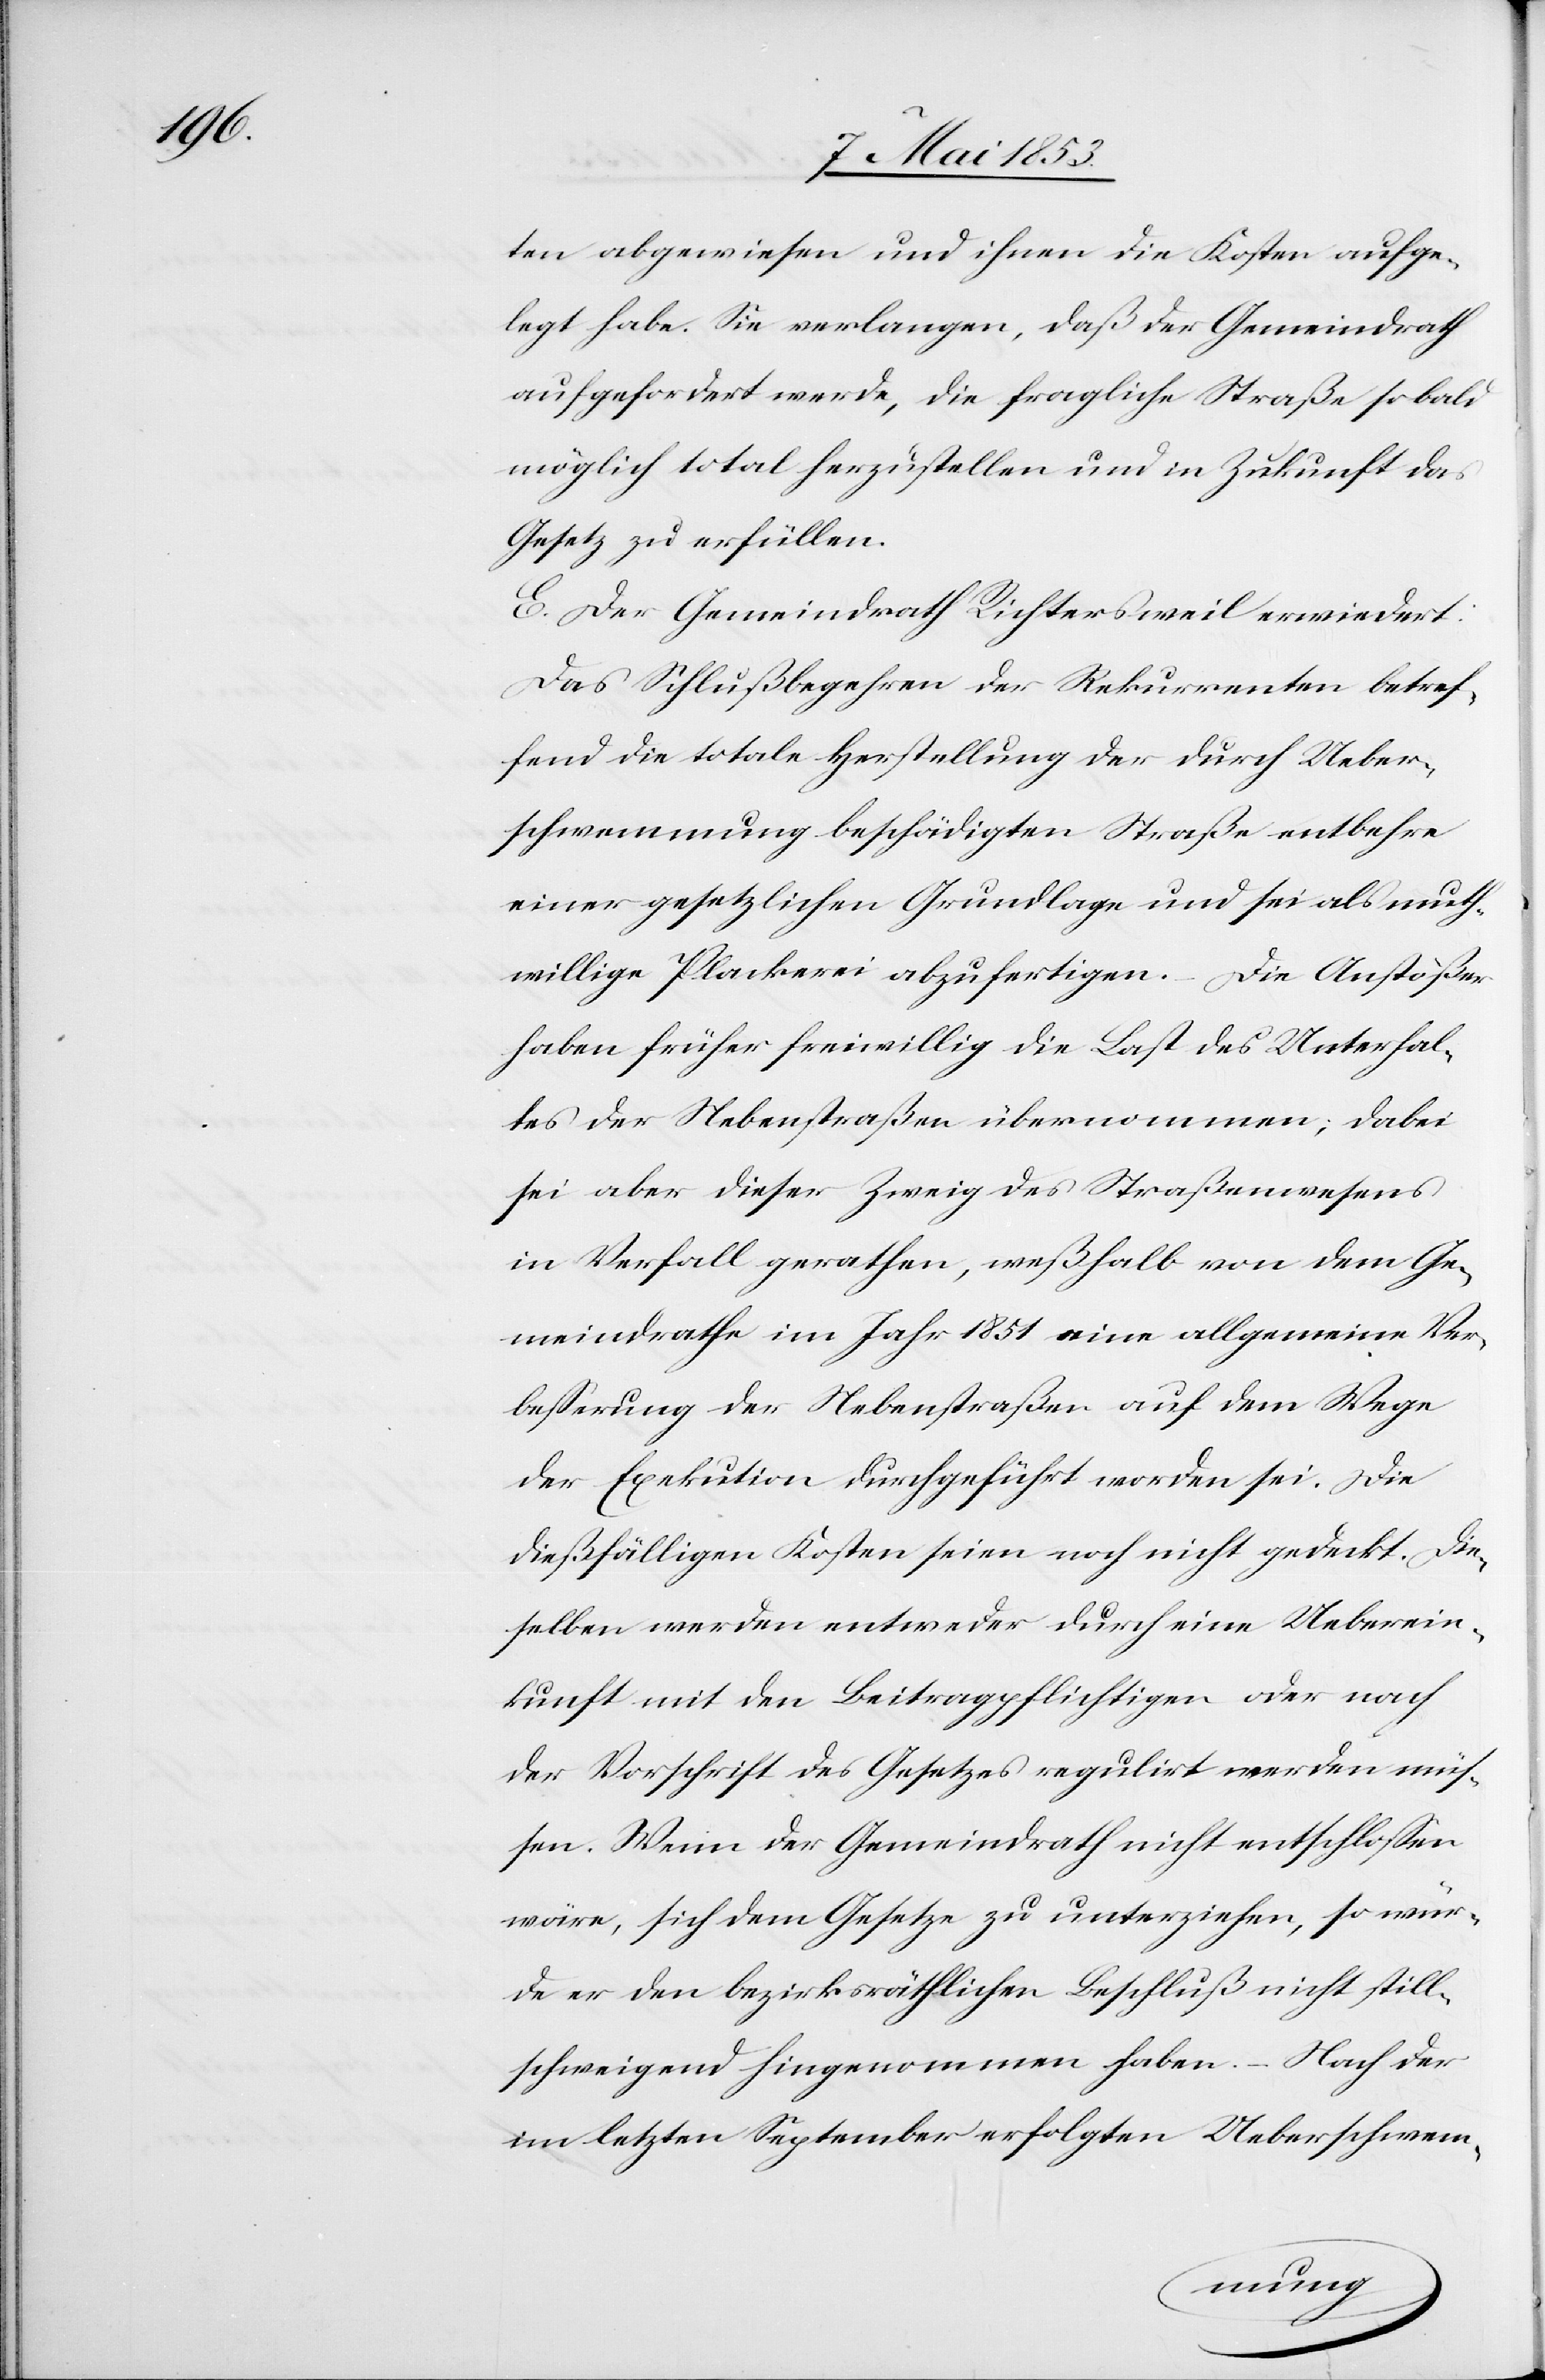
ten abgewiesen und ihnen die Kosten aufe¬
rlegt habe. Sie verlangen, daß der Gemeindrath
aufgefordert wurde, die fragliche Straße so bald
möglich total herzustellen und in Zukunft das
Gesetz zu erfüllen.
E. Der Gemeindrath Richtersweil erwiedert:
Das Schlußbegehren der Rekurrenten betref¬
fend die totale Herstellung der durch Ueber¬
schwemmung beschädigten Straße entbehre
einer gesetzlichen Grundlage und sei als muth¬
willige Plackerei abzufertigen. Die Anstößer
haben früher freiwillig die Last des Unterhal¬
tes der Nebenstraßen übernommen, dabei
sei aber dieser Zweig des Straßenwesens
in Verfall gerathen, weßhalb von dem Ge¬
meindrathe im Jahr 1851 eine allgemeine Ver¬
beßerung der Nebenstraßen auf dem Wege
der Exekution durchgeführt worden sei. Die
dießfälligen Kosten seien noch nicht gedeckt. Die¬
selben werden entweder durch eine Ueberein¬
kunft mit den Beitragspflichtigen oder nach
der Vorschrift des Gesetzes regulirt werden müs¬
sen. Wenn der Gemeindrath nicht entschloßen
wäre, sich dem Gesetze zu unterziehen, so wür¬
de er den bezirksräthlichen Beschluß nicht still¬
schweigend hingenommen haben. – Nach der
im letzten September erfolgten Ueberschwem-